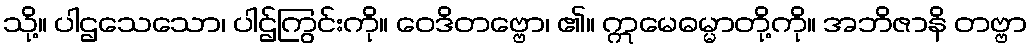
သို့။ ပါဌသေသော၊ ပါဌ်ကြွင်းကို။ ဝေဒိတဗ္ဗော၊ ၏။ ဣမေဓမ္မာတို့ကို။ အဘိဇာနိ တဗ္ဗာ